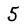
Character: 5